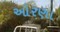
ઓરણા